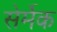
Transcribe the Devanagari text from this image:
सेर्मेक